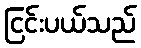
ငြင်းပယ်သည်